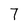
Character: 7